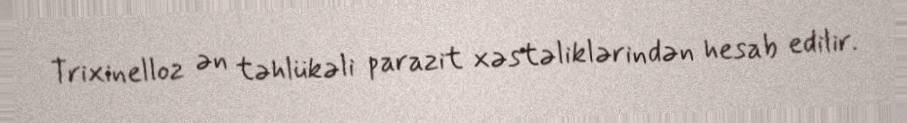
Trixinelloz ən təhlükəli parazit xəstəliklərindən hesab edilir.